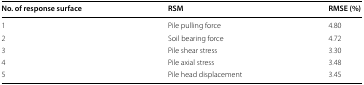
| No. of response surface | RSM | RMSE (%) |
 | --- | --- | --- |
 | 1 | Pile pulling force | 4.80 |
 | 2 | Soil bearing force | 4.72 |
 | 3 | Pile shear stress | 3.30 |
 | 4 | Pile axial stress | 3.48 |
 | 5 | Pile head displacement | 3.45 |